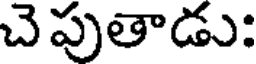
చెపుతాడు: